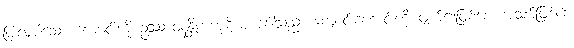
ပြုလုပ်သော ကျောင်းကို ဥဿာဝနန္တိကကုဋိဟု ခေါ်သည်။ ကျောင်းဟောင်းကို ဖျက်၍ဖြစ်စေ၊ အသစ်ဖြစ်စေ